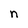
Character: n